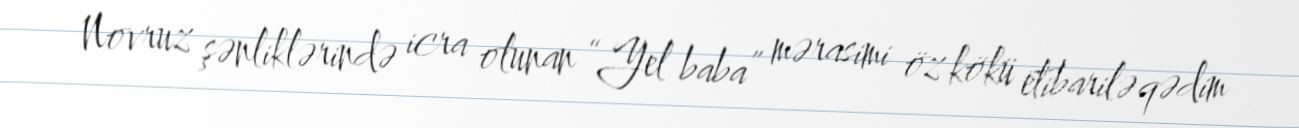
Novruz şənliklərində icra olunan “Yel baba” mərasimi öz kökü etibarilə qədim